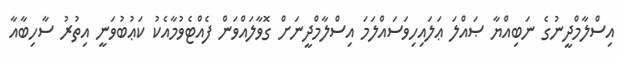
އިސްލާމްދީނުގެ ނަބިއްޔާ ޞައްލަ ޢަލައިހިވަސައްލަމަ އިސްލާމްދީނަށް ގޮވާލައްވަން ފެއްޓެވުމާއެކު ކަޢުބުވަނީ އިތުރު ސާހިބާއާ